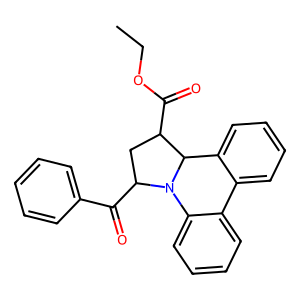
SMILES: CCOC(=O)C1CC(C(=O)c2ccccc2)N2c3ccccc3-c3ccccc3C12
Inhibits HIV replication: No